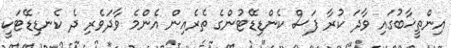
އިންތީޚާބުގައި ވާދަ ކުރާ ފަސް ކެންޑިޑޭޓުންގެ ތެރެއިން އެންމެ ވާދަވެރި ދެ ކެނޑިޑޭޓަކީ